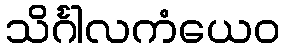
သိင်္ဂါလကံယေဝ